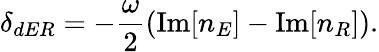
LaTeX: \delta_{dER}=-\frac{\omega}{2}\left(\mathrm{Im}[n_{E}]-\mathrm{Im}[n_{R}]\right).